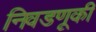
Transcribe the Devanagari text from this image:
निवडणूकी